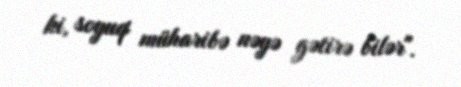
ki, soyuq müharibə nəyə gətirə bilər".